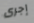
إجرى